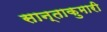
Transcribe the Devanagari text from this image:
सान्ताकुमारी